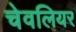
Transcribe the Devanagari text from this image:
चेवलियर